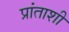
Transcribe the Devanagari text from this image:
प्रांताशी